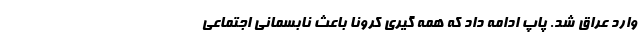
وارد عراق شد. پاپ ادامه داد که همه گیری کرونا باعث نابسمانی اجتماعی